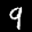
Label: 9